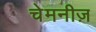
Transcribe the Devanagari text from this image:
चेमनीज़